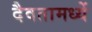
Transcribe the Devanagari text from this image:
दैवतामध्यें